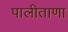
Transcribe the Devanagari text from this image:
पालीताणा